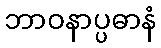
ဘာဝနာပ္ပဓာနံ